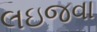
લઇજવા